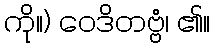
ကို။) ဝေဒိတဗ္ဗံ၊ ၏။